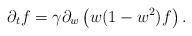
\begin{align*}\partial_t f =\gamma\partial_w\left(w(1-w^2)f\right).\end{align*}